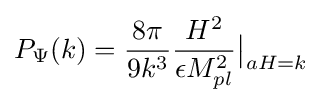
P_{\Psi }(k)={\frac {8\pi }{9k^{3}}}{\frac {H^{2}}{\epsilon M_{pl}^{2}}}{\big |}_{aH=k}